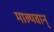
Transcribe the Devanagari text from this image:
माल्यवान्